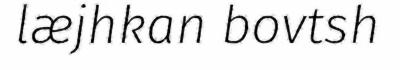
læjhkan bovtsh